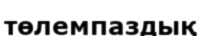
төлемпаздық